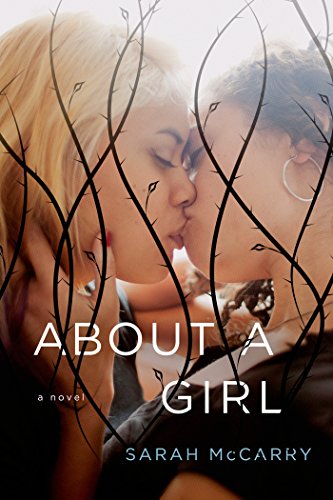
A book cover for About a Girl: A Novel (The Metamorphoses Trilogy); Sarah McCarry; Teen & Young Adult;